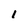
Character: l